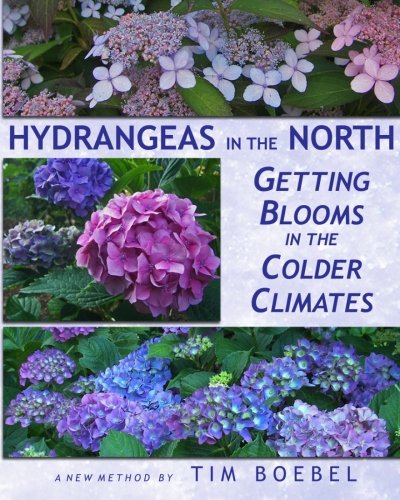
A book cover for Hydrangeas in the North: Getting Blooms in the Colder Climates; Tim Boebel; Crafts, Hobbies & Home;